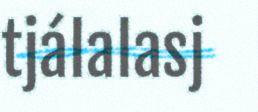
tjálalasj